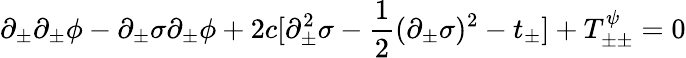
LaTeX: \partial_{\pm}\partial_{\pm}\phi-\partial_{\pm}\sigma\partial_{\pm}\phi+2c[\partial_{\pm}^{2}\sigma-{\frac{1}{2}}(\partial_{\pm}\sigma)^{2}-t_{\pm}]+T_{\pm\pm}^{\psi}=0